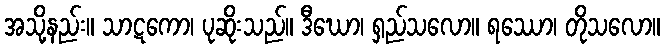
အသို့နည်း။ သာဋကော၊ ပုဆိုးသည်။ ဒီဃော၊ ရှည်သလော။ ရဿော၊ တိုသလော။